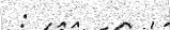
: